Annual statistical returns and brief notes on vaccination in Bengal - 1887-1898
Year: 1887
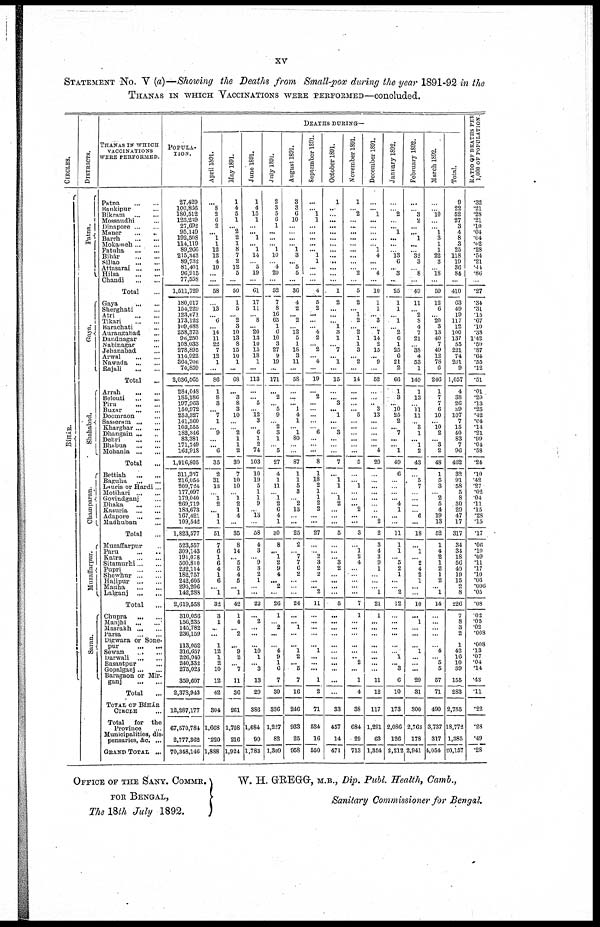
xv
STATEMENT No. V (a)—Showing the Deaths from Small-pox during the year 1891-92 in the
THANAS IN WHICH VACCINATIONS WERE PERFORMED—concluded.
CIRCLES.
BÍHÁR.
DISTRICTS.
Patna.
Gaya.
Shahabad.
Champaran.
Muzaffarpur.
Saran.
THANAS IN WHICH
VACCINATIONS
WERE PERFORMED.
Patna
...
...
Bankipur ...
Bikram
...
...
Mossaudhi ...
Dinapore
...
...
Maner
...
...
Barrh
...
...
Mokameh ... ...
Fatuha ... ...
Bihár ... ...
Sillao ... ...
Attasarai ... ...
Hilsa
...
...
Chandi
...
...
Total ...
Gaya ... ...
Sherghati ...
Atri
...
...
Tikari
...
...
Barachati
...
Aurangabad
...
Dandnagar ...
Nabinagar ...
Jehanabad ...
Arwal
...
...
Nawada ... ...
Rajuli
...
...
Total ...
Arrah
...
...
Belouti
...
...
Piru
...
...
Buxar
...
...
Doomraon ...
Sasseram ... ...
Kharghar ... ...
Dhangain ... ...
Dehri
...
...
Bhubua
...
...
Mohania
...
...
Total ...
Bettiah
...
...
Baguha
...
...
Laucia or Hardi ...
Motihari
...
...
Govindganj ...
Dhaka
...
...
Kasuria
...
...
Adapore
...
...
Mudhuban ...
Total ...
Muzaffarpur ...
Paru
...
...
Katra ... ...
Sitamurhi ... ...
Pupri ... ...
Shewaur
...
...
Hajipur ... ...
Mauha
...
...
Lalganj
...
...
Total ...
Chupra
... ...
Manjhi ... ...
Masrakh ... ...
Parsa
...
...
Digwara or Sone¬
pur ... ...
Sewan
...
...
Darwali
...
...
Basantpur ...
Gopalganj ... ...
Baragaon or Mir¬
ganj
...
...
Total ...
TOTAL OF BÍHÁR
CIRCLE ...
Total
for the
Province ...
Municipalities, dis-
pensaries, &c. ...
GRAND TOTAL ...
POPULA¬
----.
27,429
100,866
180,512
123,239
27,692
95,149
192,508
114,119
89,266
215,343
89,732
81,401
96,915
77,558
1,511,729
180,017
154,229
123,671
173,122
109,488
258,373
96,250
108,033
278,895
114,022
864,706
74,859
2,036,565
284,048
185,186
197,963
150,972
253,327
141,360
103,555
182,346
83,381
171,749
162,918
1,916,805
311,307
216,054
209,724
177,097
179,040
269,719
183,673
167,421
109,542
1,823,577
523,557
309,143
191,078
500,810
232,114
182,757
242,605
295,206
142,288
2,619,558
310,056
156,235
145,782
236,159
113,052
316,657
226,040
240,332
275,023
359,607
2,378,943
12,287,177
67,570,784
2,777,362
70,348,146
DEATHS DURING—
April 1891.
...
8
2
6
2
... 1
1
12
12
4
10
...
...
58
...
13
...
6
...
14
11
22
7
12
1
...
86
1
8
3
...
7
1
...
9
...
... 6
35
2
31
13
...
1
2
... 1
1
51
7
6
1
6
4
1
6
... 1
32
3
1
...
...
1
12
1
2
10
12
42
304
1,668
220
1,888
May 1891.
1
4
5
1
... 2
2
1
8
7
2
12
5
...
50
1
5
...
2
3
10
13
8
15
10
1
...
68
...
3
8
3
10
...
...
2
1
1
2
30
7
10
10
...
1
2
1
4
...
35
8
14
...
5
5
4
5
...
1
42
1
4
...
2
...
9
2
...
7
11
36
261
1,708
216
1,924
June 1891.
1
4
15
1
...
... 1
... 1
14
...
5
19
...
61
17
11
...
8
...
20
13
10
15
18
1
...
113
...
...
5
...
12
3
... 6
1
2
74
103
10
19
5
1
1
9
...
13
...
58
4
3
...
9
3
2
1
...
...
22
...
2
...
...
...
10
1
...
3
13
29
386
1,684
99
1,783
July 1891.
2
3
5
6
1
...
...
...
1
10
...
4
20
...
52
7
8
16
65
1
6
10
3
27
9
19
...
171
...
2
...
5
9
...
2
3
1
...
5
27
4
1
11
...
1
2
6
4
1
30
8
... 1
2
9
4
... 2
...
26
1
... 2
...
...
4
9
1
6
7
30
336
1,227
82
1,309
August 1891.
3
3
6
10
...
...
...
... 1
3
... 5
5
...
36
4
2
... 2
...
12
5
1
18
3
11
...
58
...
...
... 1
4
1
... 1
80
...
...
87
1
1
5
8
...
2
13
...
...
25
2
...
7
7
6
2
...
...
...
24
...
... 1
...
...
1
2
... 5
7
16
246
933
25
958
September 1891.
...
...
1
1
...
...
...
...
... 1
1
...
...
...
4
5
2
...
...
...
4
2
...
2
...
4
...
19
...
2
...
...
...
...
...
6
...
...
...
8
1
18
2
1
1
2
2
...
...
27
...
...
2
3
2
2
...
... 2
11
...
...
...
...
...
1
...
...
...
1
2
71
534
16
550
October 1891.
1
...
...
...
...
...
...
...
...
...
...
...
...
...
1
2
...
...
... 1
3
1
...
7
... 1
...
15
...
... 3
... 1
...
... 3
...
...
...
7
...
1
1
...
1
2
...
...
...
5
...
...
...
3
2
...
...
...
...
5
...
...
...
...
...
...
...
...
...
...
...
33
457
14
471
November 1891.
1
...
2
...
...
...
...
...
...
...
...
...
2
...
5
2
...
1
2
... 2
1
1
3
... 2
...
14
...
...
...
...
5
...
...
...
...
...
...
5
...
...
1
...
...
... 2
...
...
3
...
1
2
4
...
...
...
...
...
7
1
...
...
...
...
... ...
2
...
1
4
38
684
29
713
December 1891.
...
...
1
...
...
...
...
...
1
4
...
...
4
...
10
1
1
... 3
...
7
14
2
15
... 9
...
52
...
...
...
3
13
...
...
...
...
... 4
20
...
...
...
...
...
...
...
...
2
2
3
4
3
9
1
...
...
...
1
21
1
...
...
...
...
...
...
...
...
11
12
117
1,291
63
1,354
January 1892.
...
...
2
...
... 1
...
...
...
13
6
...
3
...
25
1
1
...
1
...
2
6
1
25
6
21
2
66
1
3
... 10
25
2
...
7
...
...
1
49
6
...
...
...
... 4
1
...
...
11
1
1
...
5
2
1
...
...
2
12
...
...
...
...
...
...
1
...
3
6
10
173
2,086
126
2,212
February 1892.
...
... 3
2
...
... 1
...
...
32
3
...
8
...
49
11
...
2
8
4
7
21
...
38
4
53
1
149
1
13
...
11
11
...
3
1
...
1
2
43
...
5
7
...
...
...
...
6
...
18
...
1
...
2
4
2
1
...
...
10
...
1
...
...
...
1
...
...
...
29
31
300
2,763
178
2,941
March 1892.
...
...
10
...
...
1
3
1
1
22
3
...
18
...
59
12
6
...
20
3
13
40
7
49
12
78
6
246
1
7
7
6
10
... 10
2
... 3
2
48
1
5
3
...
2
5
4
19
13
52
1
4
2
1
2
1
2
... 1
14
...
...
...
...
...
4
...
5
5
57
71
490
3,737
317
4,054
Total.
9
22
52
27
3
4
8
3
25
118
19
36
84
...
410
63
49
19
117
12
100
137
55
221
74
201
9
1,057
4
38
26
39
107
7
15
40
83
7
96
462
32
91
58
5
8
30
29
47
17
317
34
34
18
56
40
19
15
2
8
226
7
8
3
2
1
42
16
10
39
155
283
2,755
18,772
1,385
20,157
RATIO OF DEATHS PER
1,000 OF POPULATION.
.32
.21
.28
.21
.10
.04
.04
.02
.28
.54
.21
.44
.86
...
.27
.34
.31
.15
.67
.10
.38
1.42
.50
.87
.64
.55
.12
.51
.01
.20
.13
.25
.42
.04
.14
.21
.99
.04
.58
.24
.10
.42
.27
.02
.04
.11
.15
.28
.15
.17
.06
.10
.09
.11
.17
.10
.06
.006
.05
.08
.02
.05
.02
.008
.008
.13
.07
.04
.14
.43
.11
.22
.28
.49
.28
OFFICE OF THE SANY. COMMR.
FOR BENGAL,
The 18th July 1892.
W. H. GREGG, M.B., Dip. Publ. Health, Camb.,
Sanitary Commissioner for Bengal.